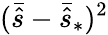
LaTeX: (\bar{\hat{s}}-\bar{\hat{s}}_{*})^{2}